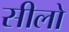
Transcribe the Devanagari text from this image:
सीलो